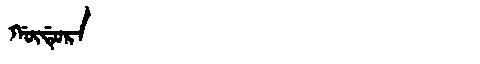
Manchu: ᡤᡡᡩᡠᡵᠠ
Romanization: GŪDURA